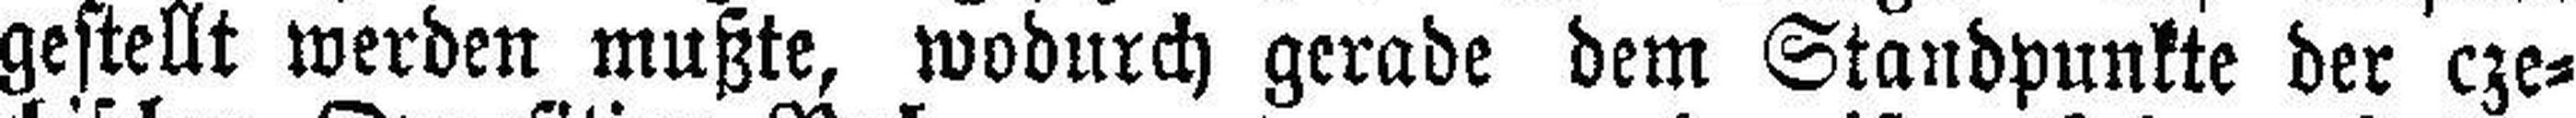
gestellt werden mußte, wodurch gerade dem Standpunkte der cze¬